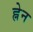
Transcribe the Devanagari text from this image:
ह्नेन